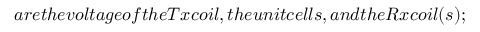
a r e t h e v o l t a g e o f t h e T x c o i l , t h e u n i t c e l l s , a n d t h e R x c o i l ( s ) ;